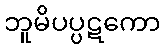
ဘူမိပပ္ပဋကော